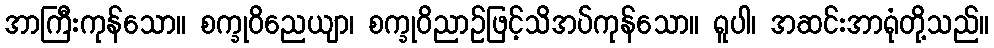
အာကြီးကုန်သော။ စက္ခုဝိညေယျာ၊ စက္ခုဝိညာဉ်ဖြင့်သိအပ်ကုန်သော။ ရူပါ၊ အဆင်းအာရုံတို့သည်။